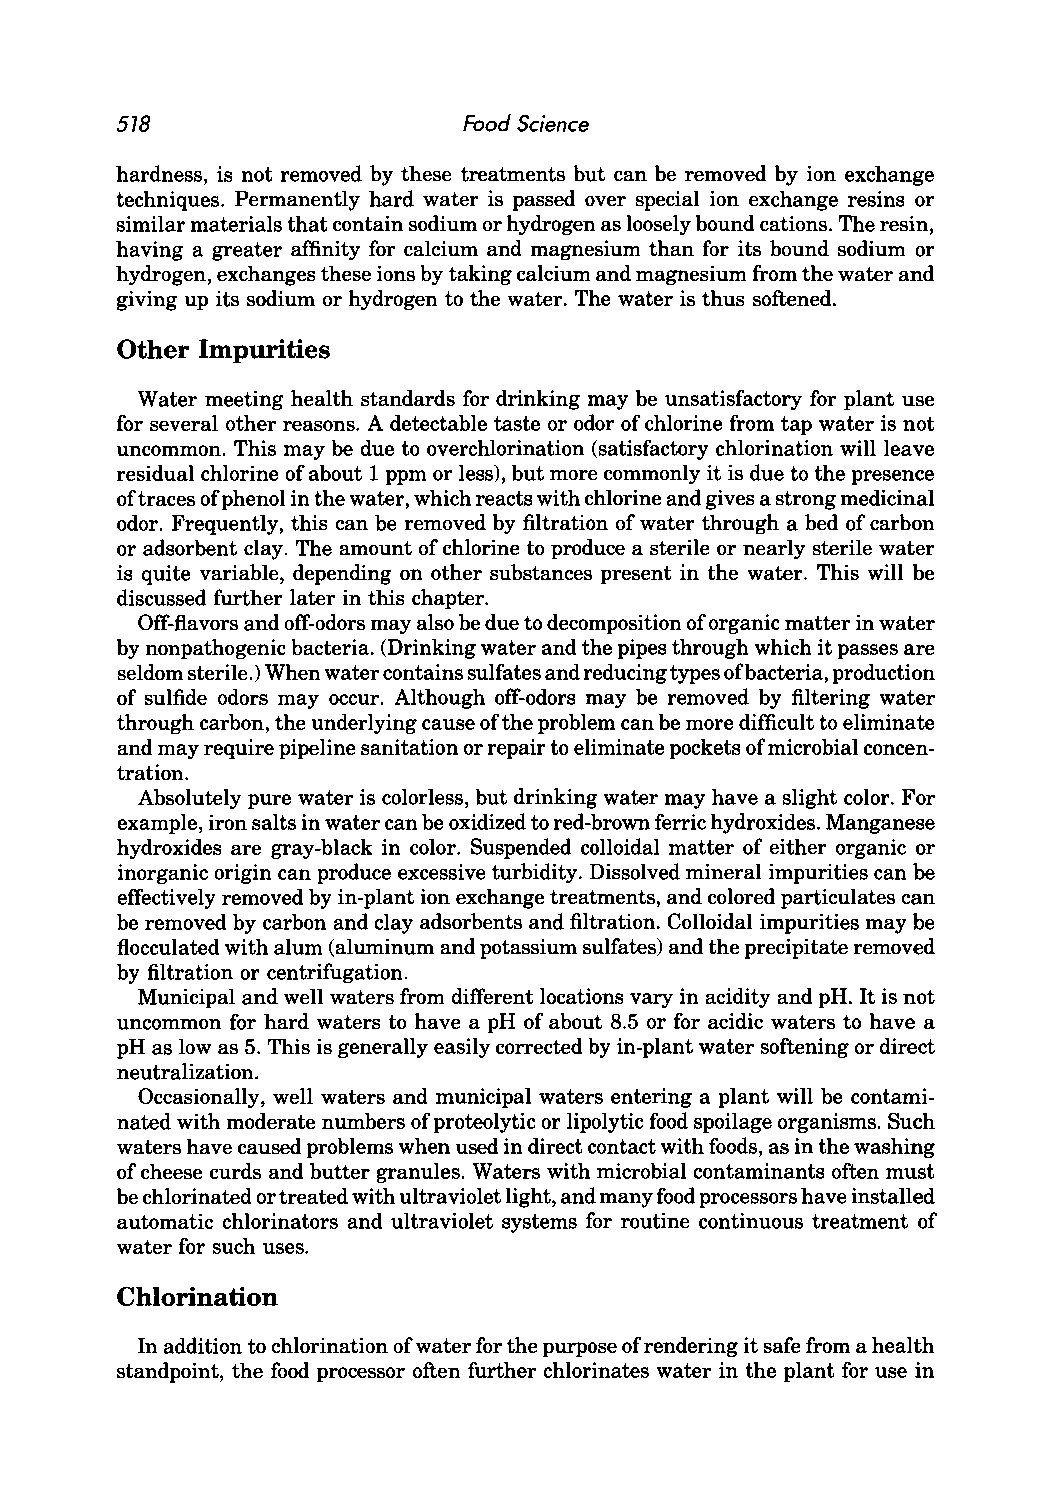
578                    Food Science
 hardness, is not removed by these treatments but can be removed by ion exchange
 techniques. Permanently hard water is passed over special ion exchange resins or
 similar materials that contain sodium or hydrogen as loosely bound cations. The resin,
 having a greater affinity for calcium and magnesium than for its bound sodium or
 hydrogen, exchanges these ions by taking calcium and magnesium from the water and
 giving up its sodium or hydrogen to the water. The water is thus softened.
 Other Impurities
 Water meeting health standards for drinking may be unsatisfactory for plant use
 for several other reasons. A detectable taste or odor of chlorine from tap water is not
 uncommon. This may be due to overchlorination (satisfactory chlorination will leave
 residual chlorine of about 1 ppm or less), but more commonly it is due to the presence
 oftraces of phenol in the water, which reacts with chlorine and gives a strong medicinal
 odor. Frequently, this can be removed by filtration of water through a bed of carbon
 or adsorbent clay. The amount of chlorine to produce a sterile or nearly sterile water
 is quite variable, depending on other substances present in the water. This will be
 discussed further later in this chapter.
 Off-flavors and off-odors may also be due to decomposition of organic matter in water
 by nonpathogenic bacteria. (Drinking water and the pipes through which it passes are
 seldom sterile.) When water contains sulfates and reducing types of bacteria, production
 of sulfide odors may occur. Although off-odors may be removed by filtering water
 through carbon, the underlying cause of the problem can be more difficult to eliminate
 and may require pipeline sanitation or repair to eliminate pockets of microbial concen
 tration.
 Absolutely pure water is colorless, but drinking water may have a slight color. For
 example, iron salts in water can be oxidized to red-brown ferric hydroxides. Manganese
 hydroxides are gray-black in color. Suspended colloidal matter of either organic or
 inorganic origin can produce excessive turbidity. Dissolved mineral impurities can be
 effectively removed by in-plant ion exchange treatments, and colored particulates can
 be removed by carbon and clay adsorbents and filtration. Colloidal impurities may be
 flocculated with alum (aluminum and potassium sulfates) and the precipitate removed
 by filtration or centrifugation.
 Municipal and well waters from different locations vary in acidity and pH. It is not
 uncommon for hard waters to have a pH of about 8.5 or for acidic waters to have a
 pH as low as 5. This is generally easily corrected by in-plant water softening or direct
 neutralization.
 Occasionally, well waters and municipal waters entering a plant will be contami
 nated with moderate numbers of proteolytic or lipolytic food spoilage organisms. Such
 waters have caused problems when used in direct contact with foods, as in the washing
 of cheese curds and butter granules. Waters with microbial contaminants often must
 be chlorinated or treated with ultraviolet light, and many food processors have installed
 automatic chlorinators and ultraviolet systems for routine continuous treatment of
 water for such uses.
 Chlorination
 In addition to chlorination of water for the purpose of rendering it safe from a health
 standpoint, the food processor often further chlorinates water in the plant for use in